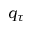
q _ { \tau }